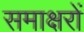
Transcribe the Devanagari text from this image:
समाक्षरों